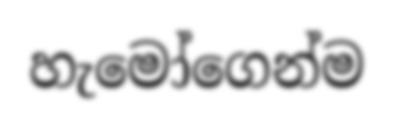
හැමෝගෙන්ම